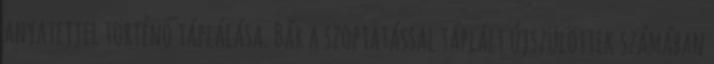
anyatejjel történő táplálása. Bár a szoptatással táplált újszülöttek számában